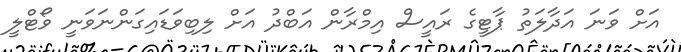
އަށް ވަނަ އަދާލަތު ޕާޓީގެ ރައީސް އިމްރާން އަބްދު އަށް ލިބިވަޑައިގަންނަވަނީ ވޯޓްލީ